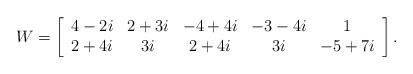
LaTeX: \begin{align*}W=\left[\begin{array}{ccccc}4-2i&2+3i&-4+4i&-3-4i&1\\2+4i&3i&2+4i&3i&-5+7i\\\end{array}\right].\end{align*}